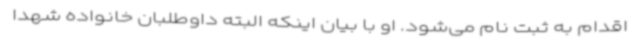
اقدام به ثبت نام می‌شود. او با بیان اینکه البته داوطلبان خانواده شهدا